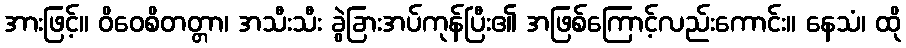
အားဖြင့်။ ဝိဝေစိတတ္တာ၊ အသီးသီး ခွဲခြားအပ်ကုန်ပြီး၏ အဖြစ်ကြောင့်လည်းကောင်း။ နေသံ၊ ထို